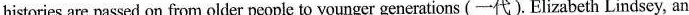
histories are passed on from older people to younger generations (一代). Elizabeth Lindsey, an